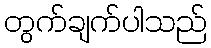
တွက်ချက်ပါသည်